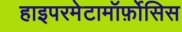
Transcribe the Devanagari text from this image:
हाइपरमेटामॉर्फ़ोसिस